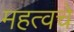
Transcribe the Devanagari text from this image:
महत्वचे